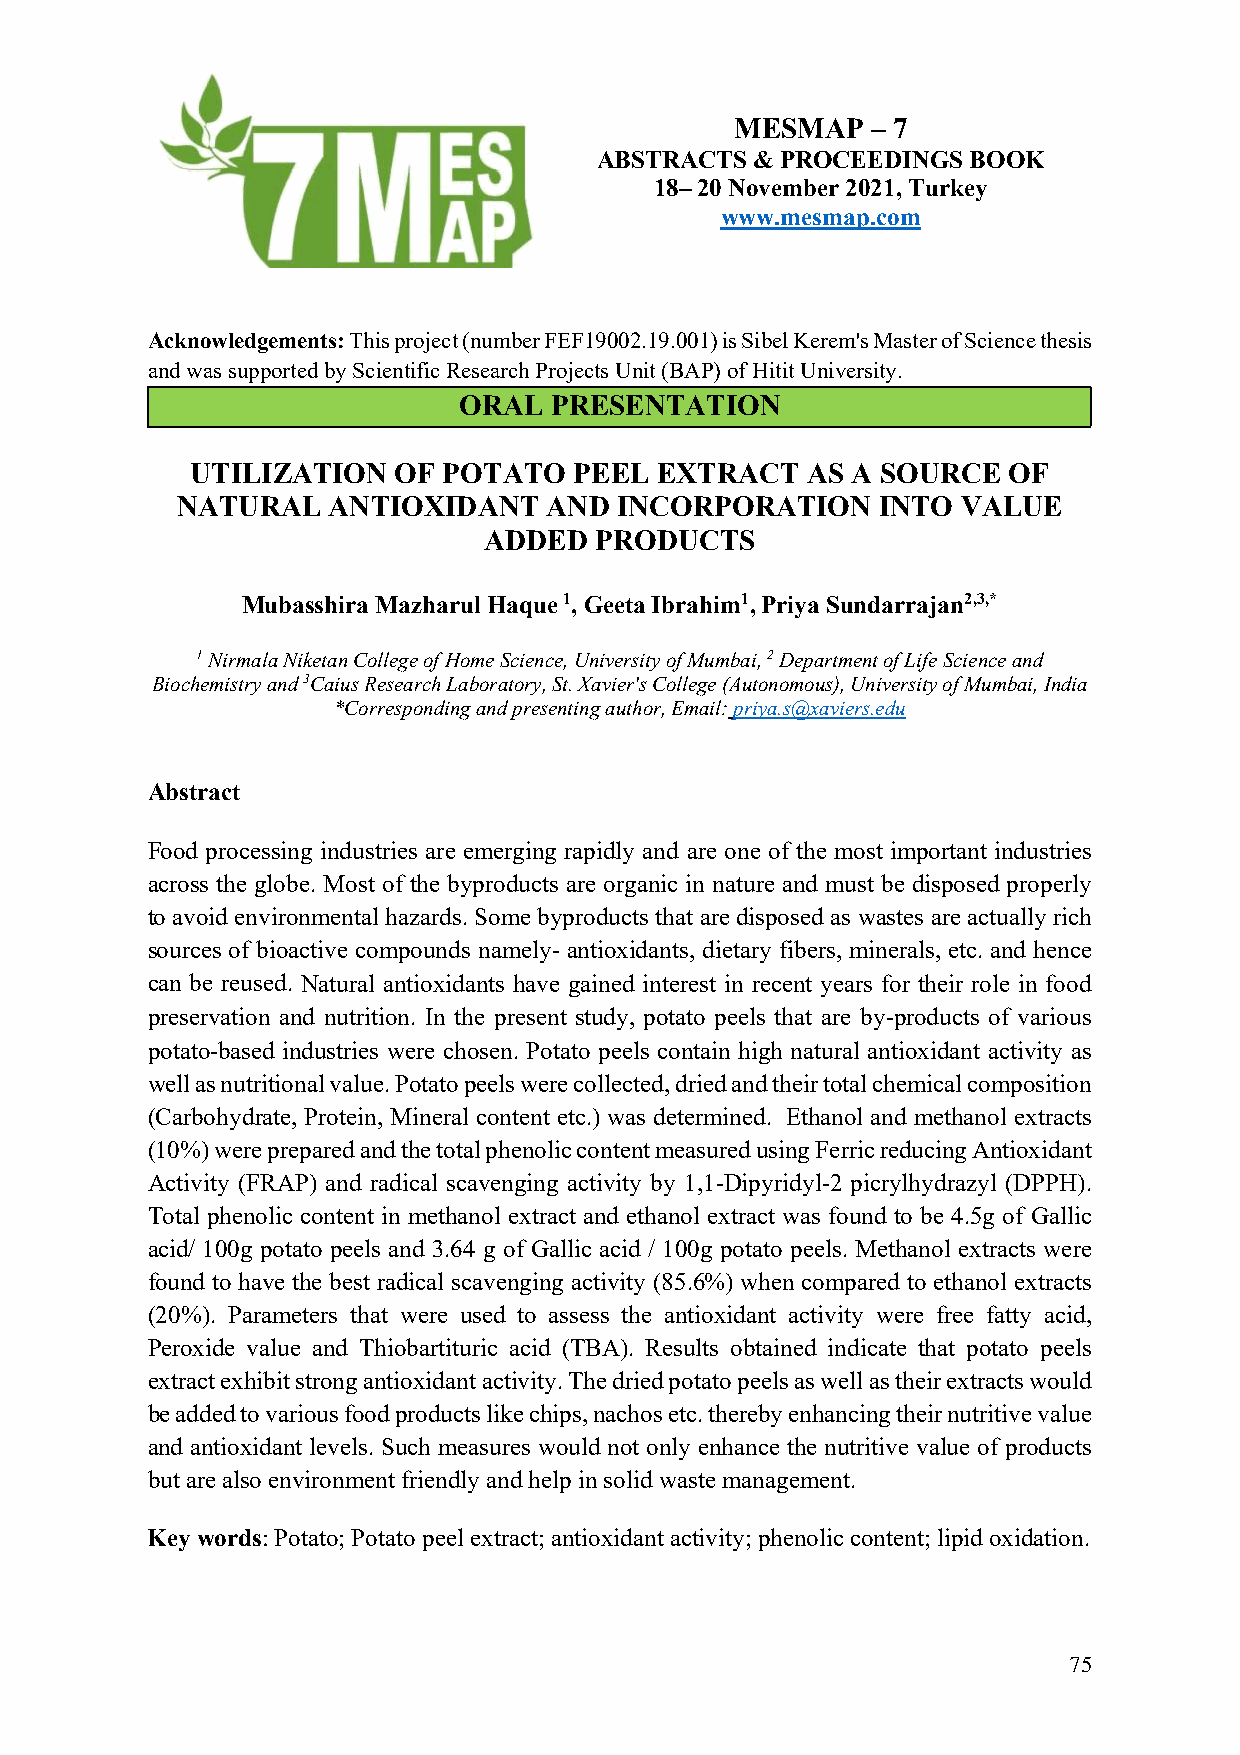
MESMAP   – 7
 ABSTRACTS  & PROCEEDINGS BOOK
 18– 20 November 2021, Turkey
 www.mesmap.com
 Acknowledgements: This project (number FEF19002.19.001) is Sibel Kerem's Master of Science thesis
 and was supported by Scientific Research Projects Unit (BAP) of Hitit University.
 ORAL  PRESENTATION
 UTILIZATION  OF POTATO   PEEL EXTRACT   AS A SOURCE   OF
 NATURAL   ANTIOXIDANT   AND  INCORPORATION    INTO  VALUE
 ADDED  PRODUCTS
 Mubasshira Mazharul Haque 1, Geeta Ibrahim1, Priya Sundarrajan2,3,*
 1 Nirmala Niketan College of Home Science, University of Mumbai, 2 Department of Life Science and
 Biochemistry and 3Caius Research Laboratory, St. Xavier's College (Autonomous), University of Mumbai, India
 *Corresponding and presenting author, Email: priya.s@xaviers.edu
 Abstract
 Food processing industries are emerging rapidly and are one of the most important industries
 across the globe. Most of the byproducts are organic in nature and must be disposed properly
 to avoid environmental hazards. Some byproducts that are disposed as wastes are actually rich
 sources of bioactive compounds namely- antioxidants, dietary fibers, minerals, etc. and hence
 can be reused. Natural antioxidants have gained interest in recent years for their role in food
 preservation and nutrition. In the present study, potato peels that are by-products of various
 potato-based industries were chosen. Potato peels contain high natural antioxidant activity as
 well as nutritional value. Potato peels were collected, dried and their total chemical composition
 (Carbohydrate, Protein, Mineral content etc.) was determined. Ethanol and methanol extracts
 (10%) were prepared and the total phenolic content measured using Ferric reducing Antioxidant
 Activity (FRAP) and radical scavenging activity by 1,1-Dipyridyl-2 picrylhydrazyl (DPPH).
 Total phenolic content in methanol extract and ethanol extract was found to be 4.5g of Gallic
 acid/ 100g potato peels and 3.64 g of Gallic acid / 100g potato peels. Methanol extracts were
 found to have the best radical scavenging activity (85.6%) when compared to ethanol extracts
 (20%). Parameters that were used to assess the antioxidant activity were free fatty acid,
 Peroxide value and Thiobartituric acid (TBA). Results obtained indicate that potato peels
 extract exhibit strong antioxidant activity. The dried potato peels as well as their extracts would
 be added to various food products like chips, nachos etc. thereby enhancing their nutritive value
 and antioxidant levels. Such measures would not only enhance the nutritive value of products
 but are also environment friendly and help in solid waste management.
 Key words: Potato; Potato peel extract; antioxidant activity; phenolic content; lipid oxidation.
 75